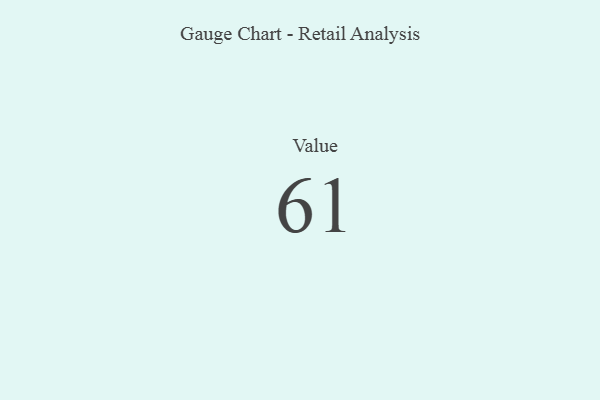
{"axis": {"x": "Metric", "y": "Value"}, "legend": [""], "data": [{"x": "Value", "y": 61, "type": ""}]}